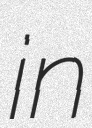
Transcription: in